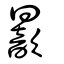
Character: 𣋚